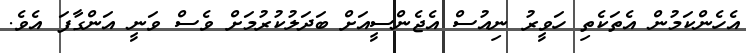
އެހެންކަމުން އެތަކެތި ހަވީރު ނިއުސް އެޖެންސީއަށް ބަދަލުކުރުމަށް ވެސް ވަނީ އަންގާފަ އެވެ.